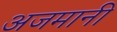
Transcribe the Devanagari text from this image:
अजमानी